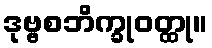
ဒုဗ္ဗစဘိက္ခုဝတ္ထု။